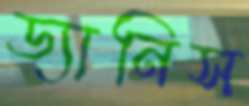
ড্যানিস